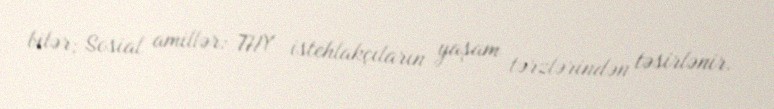
bilər; Sosial amillər: THY istehlakçıların yaşam tərzlərindən təsirlənir.